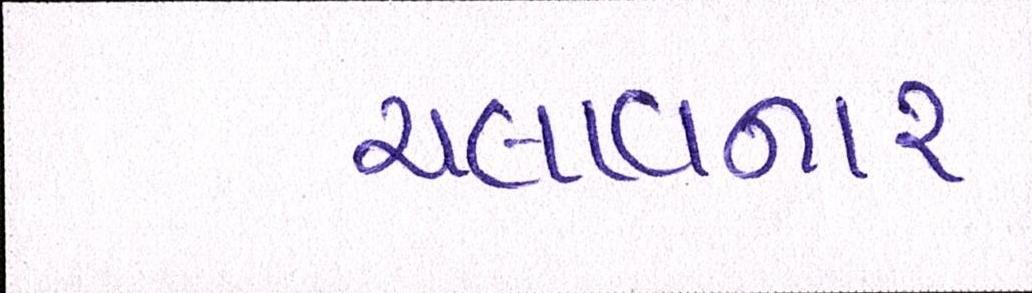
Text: ચલાવનાર